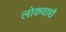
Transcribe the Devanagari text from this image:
लोकवाद्ये